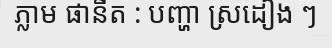
ភ្លាម ផានីត : បញ្ហា ស្រដៀង ៗ